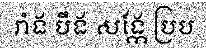
រាំង បឹង សង្កែ ប្រប